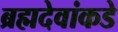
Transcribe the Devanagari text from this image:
ब्रह्मदेवांकडे